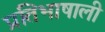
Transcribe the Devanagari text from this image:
प्रतिभाषाली